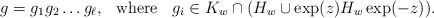
\begin{align*}\mbox{$g=g_1 g_2 \dots g_\ell,\;\;$ where $\;\;g_i \in K_w\cap (H_w\cup \exp(z)H_w\exp(-z))$.}\end{align*}